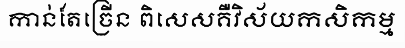
កាន់តែច្រើន ពិសេសគឺវិស័យកសិកម្ម